Proceedings of the meeting of veterinary officers in India
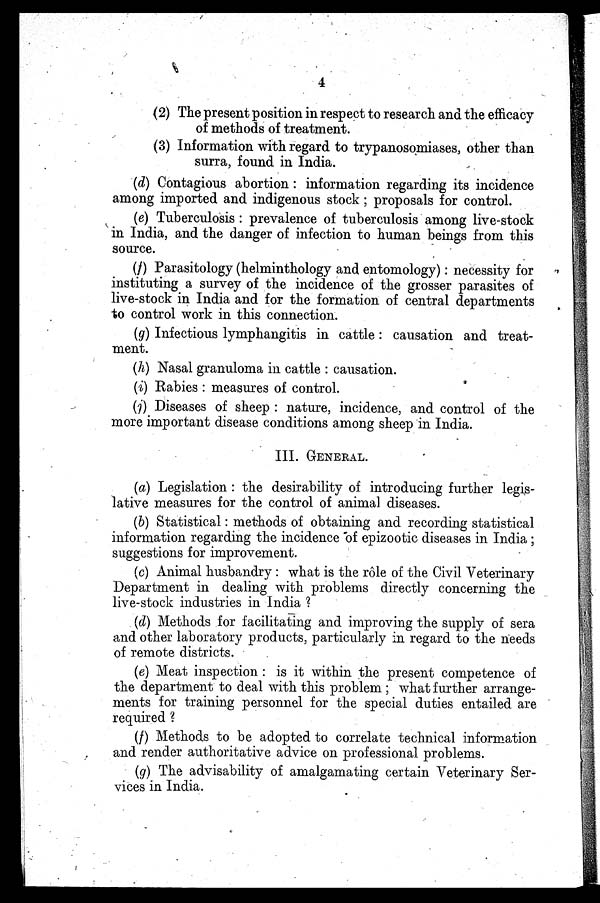
4
(2) The present position in respect to research and the efficacy
of methods of treatment.
(3) Information with regard to trypanosomiases, other than
surra, found in India.
(d) Contagious abortion: information regarding its incidence
among imported and indigenous stock; proposals for control.
(e) Tuberculosis: prevalence of tuberculosis among live-stock
in India, and the danger of infection to human beings from this
source.
(f) Parasitology (helminthology and entomology): necessity for
instituting a survey of the incidence of the grosser parasites of
live-stock in India and for the formation of central departments
to control work in this connection.
(g) Infectious lymphangitis in cattle: causation and treat-
ment.
(h) Nasal granuloma in cattle: causation.
(i) Rabies: measures of control.
(j) Diseases of sheep: nature, incidence, and control of the
more important disease conditions among sheep in India.
III. GENERAL.
(a) Legislation: the desirability of introducing further legis-
lative measures for the control of animal diseases.
(b) Statistical: methods of obtaining and recording statistical
information regarding the incidence of epizootic diseases in India;
suggestions for improvement.
(c) Animal husbandry: what is the role of the Civil Veterinary
Department in dealing with problems directly concerning the
live-stock industries in India?
(d) Methods for facilitating and improving the supply of sera
and other laboratory products, particularly in regard to the needs
of remote districts.
(e) Meat inspection: is it within the present competence of
the department to deal with this problem; what further arrange-
ments for training personnel for the special duties entailed are
required?
(f) Methods to be adopted to correlate technical information
and render authoritative advice on professional problems.
(g) The advisability of amalgamating certain Veterinary Ser-
vices in India.